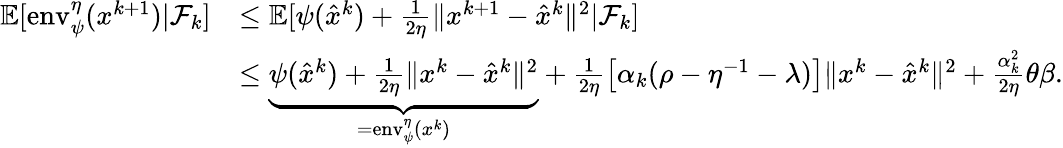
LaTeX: \begin{array}{rl}{\mathbb{E}[\mathrm{env}_{\psi}^{\eta}(x^{k+1})\vert\mathcal{F}_{k}]}&{\leq\mathbb{E}[\psi(\hat{x}^{k})+\frac{1}{2\eta}\| x^{k+1}-\hat{x}^{k}\| ^{2}\vert\mathcal{F}_{k}]}\\ &{\leq\underbrace{\psi(\hat{x}^{k})+\frac{1}{2\eta}\| x^{k}-\hat{x}^{k}\| ^{2}}_{=\mathrm{env}_{\psi}^{\eta}(x^{k})}+\frac{1}{2\eta}\big[\alpha_{k}(\rho-\eta^{-1}-\lambda)\big]\| x^{k}-\hat{x}^{k}\| ^{2}+\frac{\alpha_{k}^{2}}{2\eta}\theta\beta.}\end{array}